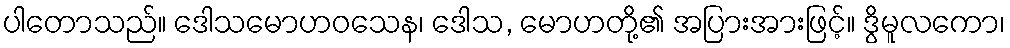
ပါတောသည်။ ဒေါသမောဟဝသေန၊ ဒေါသ, မောဟတို့၏ အပြားအားဖြင့်။ ဒွိမူလကော၊